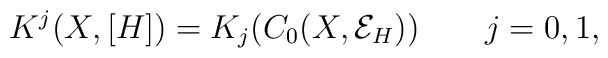
K^j(X, [H]) = K_j(C_0(X, {\mathcal E}_{H}))\qquad j=0,1,